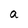
Character: a